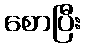
စောပြီး